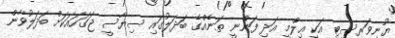
ޔުނިވަރސިޓީ އަކީ ޢިލްމީ އަދި ފަންނީ ތަނެއްގެ ބަދަލުގައި ސިޔާސީ ޖަގަހައަކަށް ބަދަލުވާން